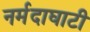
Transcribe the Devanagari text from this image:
नर्मदाघाटी